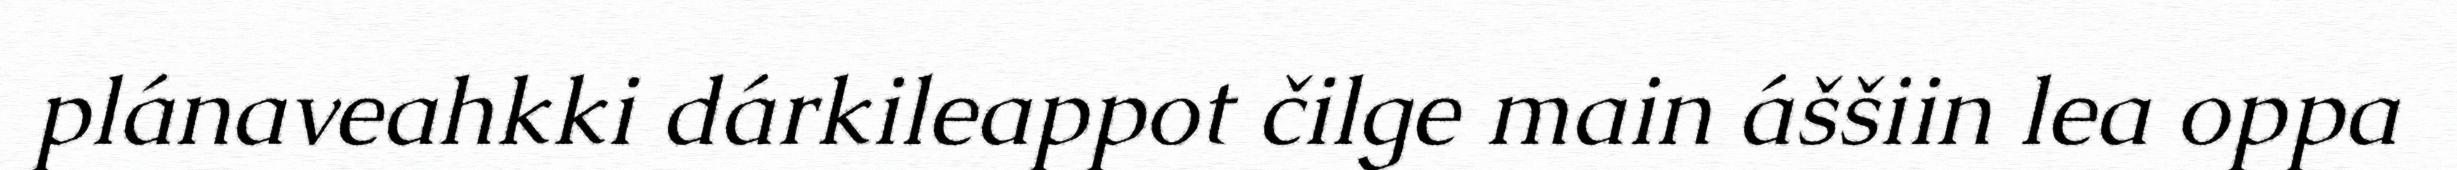
plánaveahkki dárkileappot čilge main áššiin lea oppa